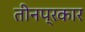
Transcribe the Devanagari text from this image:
तीनप्रकार